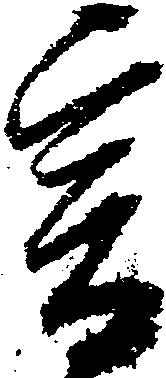
爰